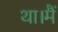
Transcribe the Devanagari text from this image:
था।मैं